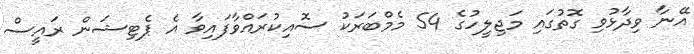
އޭނާ ވިދާޅުވި ގޮތުގައި މަޖިލީހުގެ 54 މެމްބަރަކު ސޮއިކުރައްވާފައިވާ އެ ޕެޓިޝަން ރައީސް